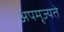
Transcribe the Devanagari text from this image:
अपमृज्यते